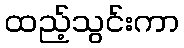
ထည့်သွင်းကာ